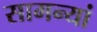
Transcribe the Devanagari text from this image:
सामन्यां